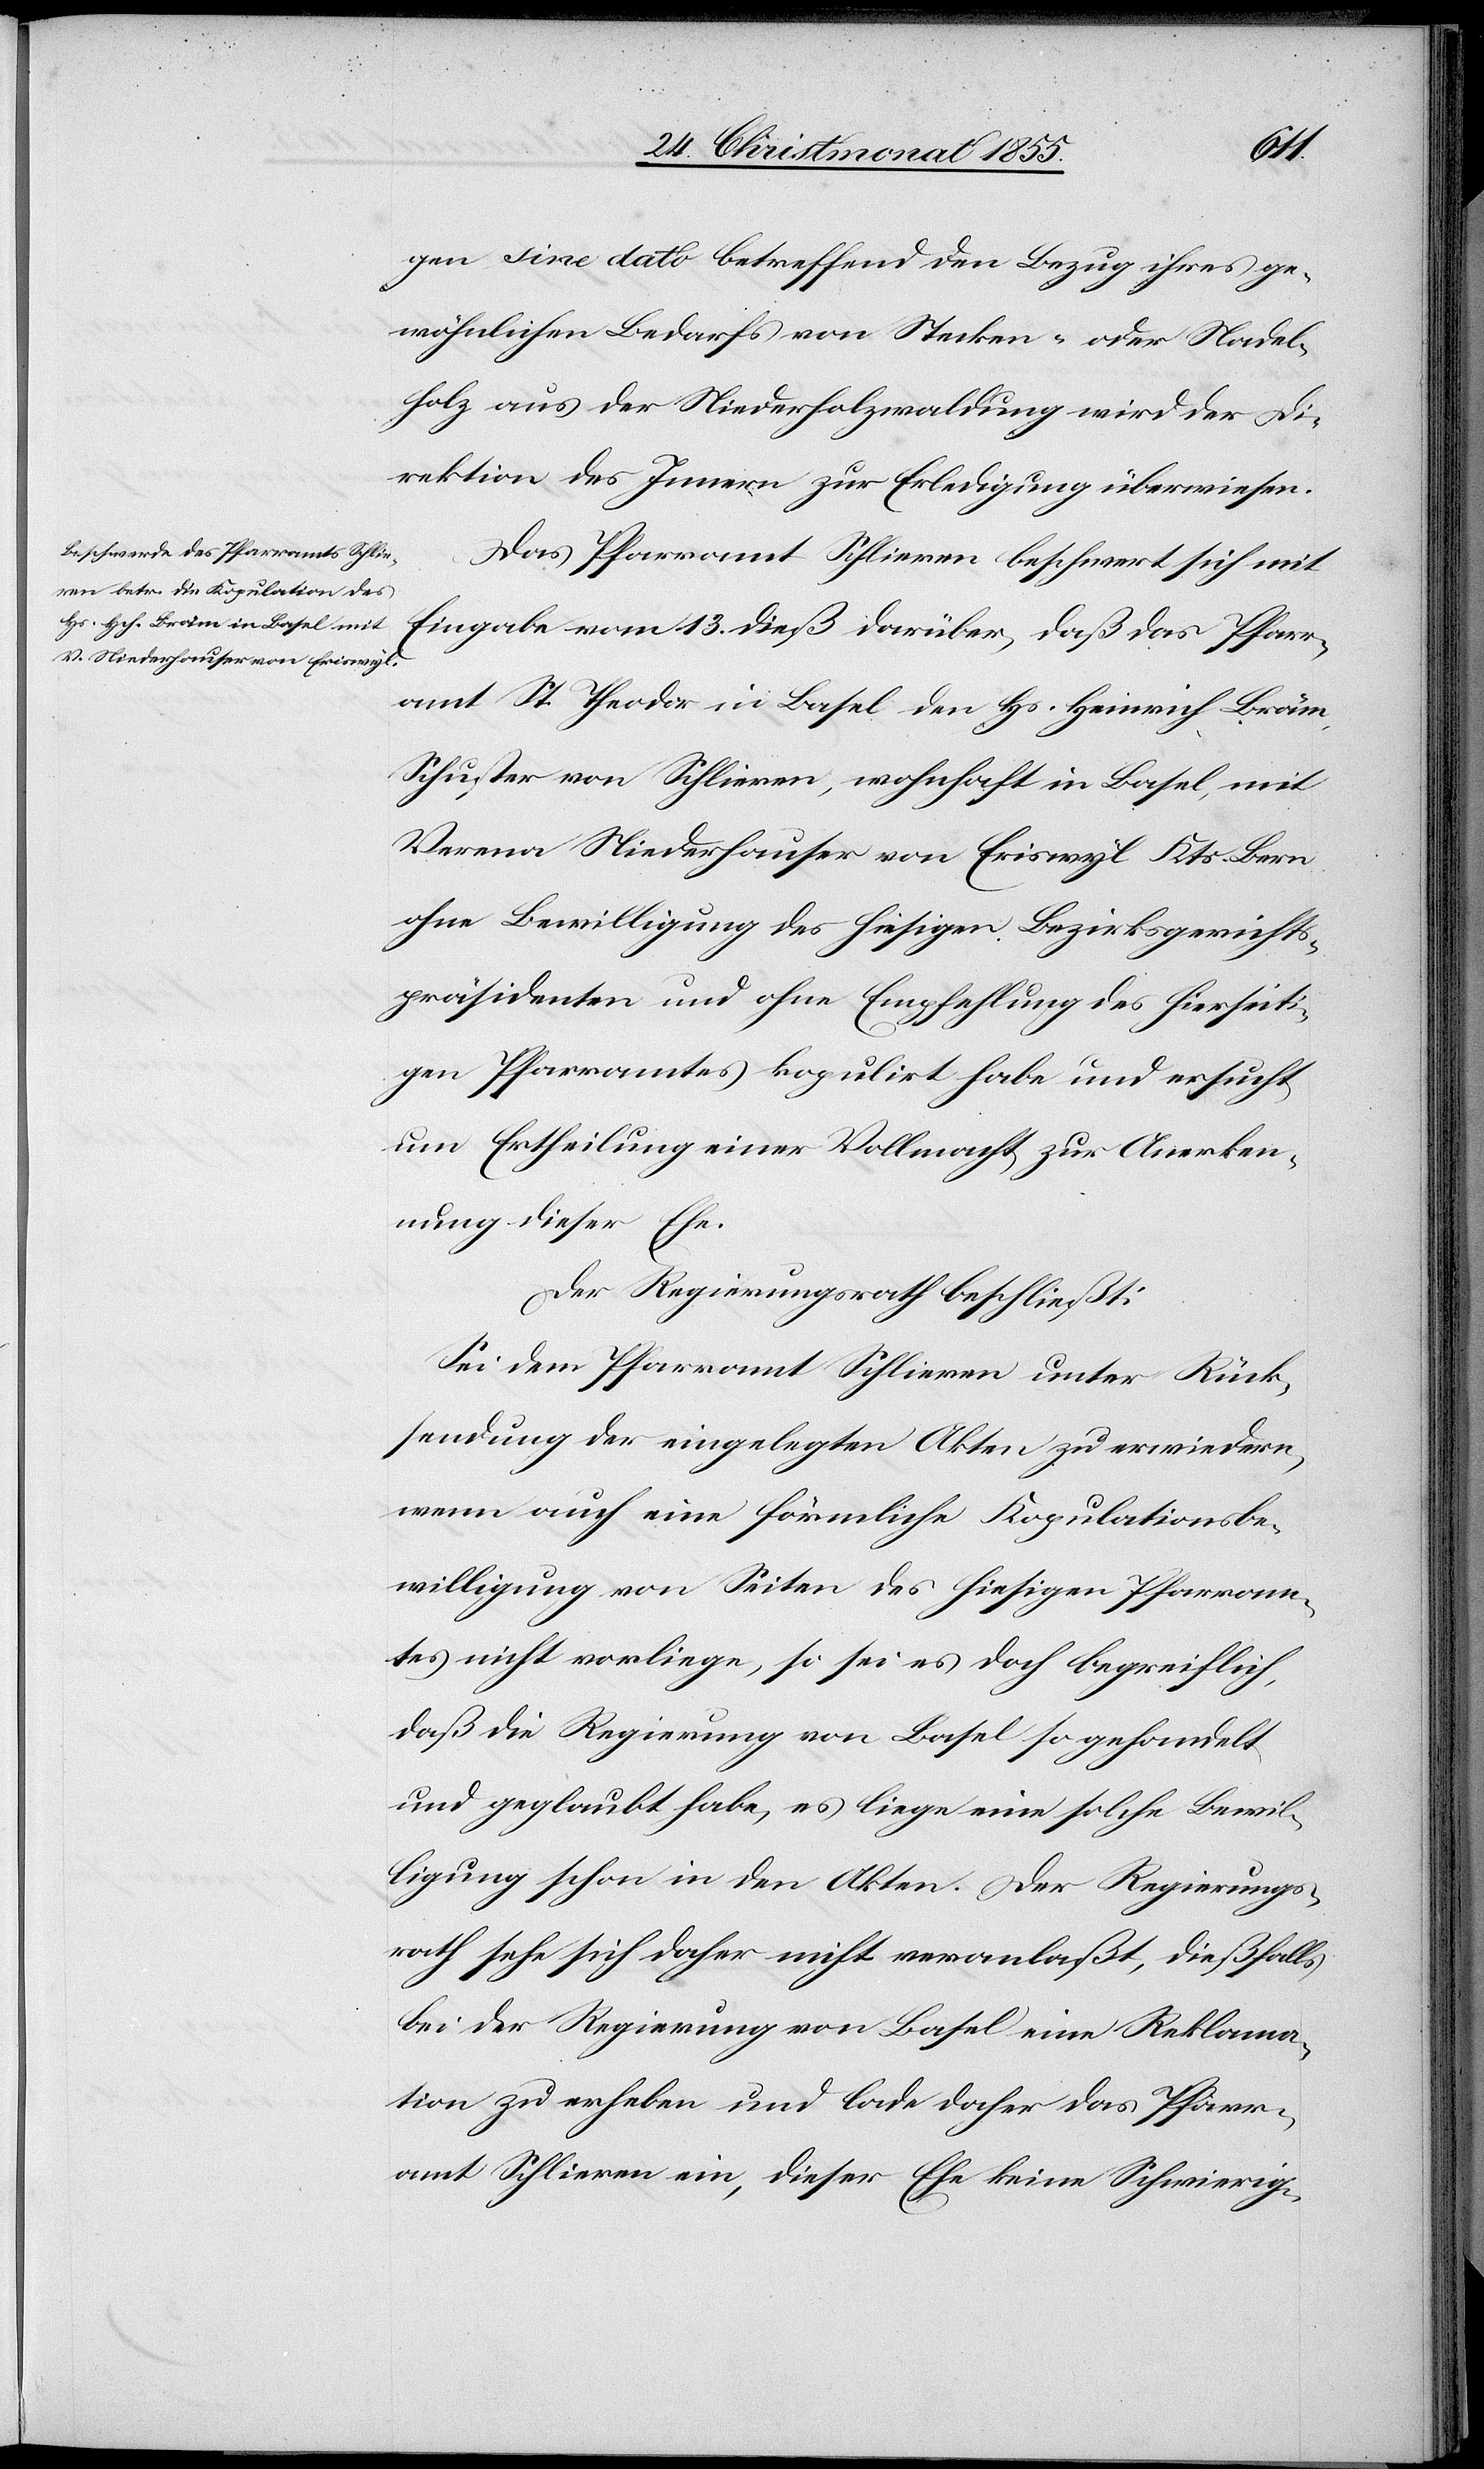
gen sine dato betreffend den Bezug ihres ge¬
wöhnlichen Bedarfs von Stecken- oder Nadel¬
holz aus der Niederholzwaldung wird der Di¬
rektion des Innern zur Erledigung überwiesen.
Das Pfarramt Schlieren beschwert sich mit
Eingabe vom 13. dieß darüber, daß das Pfarr¬
amt St. Theodor in Basel den Hs. Heinrich Bräm,
Schuster von Schlieren, wohnhaft in Basel, mit
Verena Niederhauser von Eriswyl Kts. Bern
ohne Bewilligung des hiesigen Bezirksgerichts¬
präsidenten und ohne Empfehlung des hierseiti¬
gen Pfarramtes kopulirt habe und ersucht
um Ertheilung einer Vollmacht zur Anerken¬
nung dieser Ehe.
Der Regierungsrath beschließt:
Sei dem Pfarramt Schlieren unter Rück¬
sendung der eingelegten Akten zu erwiedern,
wenn auch eine förmliche Kopulationsbe¬
willigung von Seiten des hiesigen Pfarram¬
tes nicht vorliege, so sei es doch begreiflich,
daß die Regierung von Basel so gehandelt
und geglaubt habe, es liege eine solche Bewil¬
ligung schon in den Akten. Der Regierungs¬
rath sehe sich daher nicht veranlaßt, dießfalls
bei der Regierung von Basel eine Reklama¬
tion zu erheben und lade daher das Pfarr¬
amt Schlieren ein, dieser Ehe keine Schwierig-